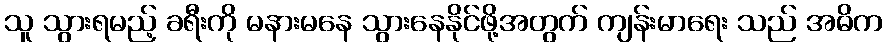
သူ သွားရမည့် ခရီးကို မနားမနေ သွားနေနိုင်ဖို့အတွက် ကျန်းမာရေး သည် အဓိက